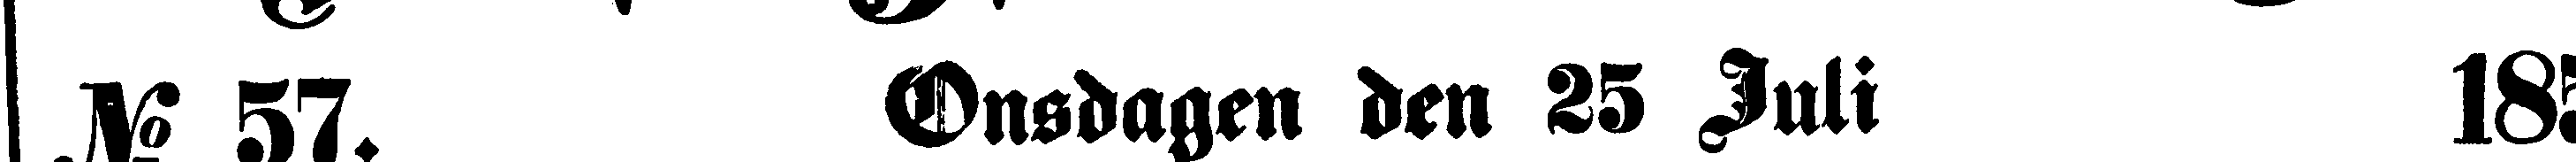
No 57. Onsdagen den 23 Juli 18